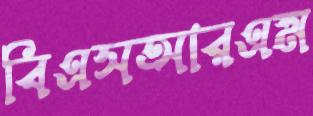
বিএসআরএম